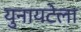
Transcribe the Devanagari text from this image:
युनायटेला